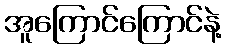
အူကြောင်ကြောင်နဲ့